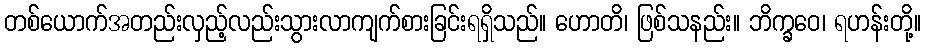
တစ်ယောက်အတည်းလှည့်လည်းသွားလာကျက်စားခြင်းရရှိသည်။ ဟောတိ၊ ဖြစ်သနည်း။ ဘိက္ခဝေ၊ ရဟန်းတို့။